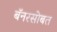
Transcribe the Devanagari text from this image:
बॅनरसोबत